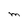
Character: M